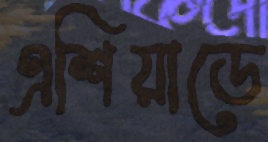
এশিয়াডে